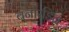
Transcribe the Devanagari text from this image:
बर्नारडिन